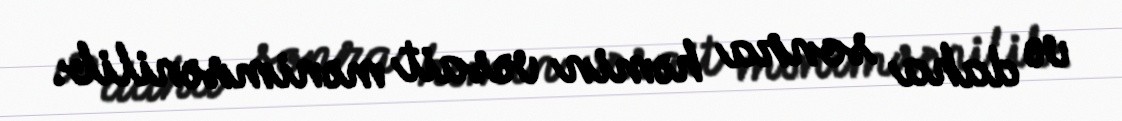
və daha sonra həmin vəsait mənimsənilib.